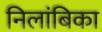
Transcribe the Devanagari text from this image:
निलांबिका